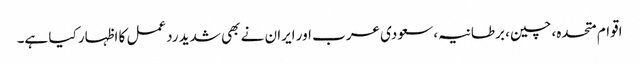
اقوام متحدہ، چین، برطانیہ، سعودی عرب اور ایران نے بھی شدید ردعمل کا اظہار کیا ہے۔